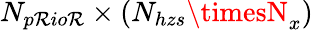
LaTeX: N_{p\mathcal{R}io\mathcal{R}}\times\left(N_{hzs}\timesN_{x}\right)